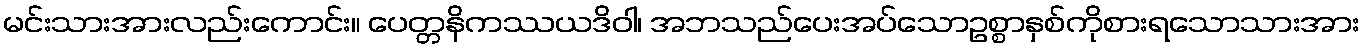
မင်းသားအားလည်းကောင်း။ ပေတ္တနိကဿယဒိဝါ၊ အဘသည်ပေးအပ်သောဥစ္စာနှစ်ကိုစားရသောသားအား